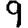
Digit: 9